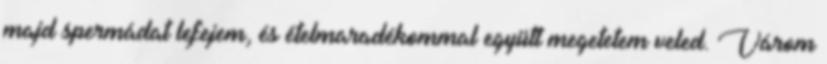
majd spermádat lefejem, és ételmaradékommal együtt megetetem veled. Várom